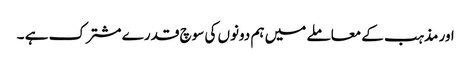
اور مذہب کے معاملے میں ہم دونوں کی سوچ قدرے مشترک ہے ۔